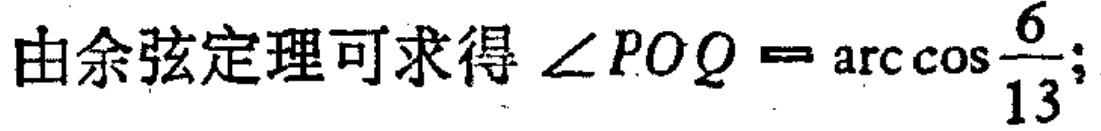
由余弦定理可求得$\angle POQ = \arccos\frac{6}{13};$